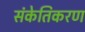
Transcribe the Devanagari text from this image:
संकेतिकरण